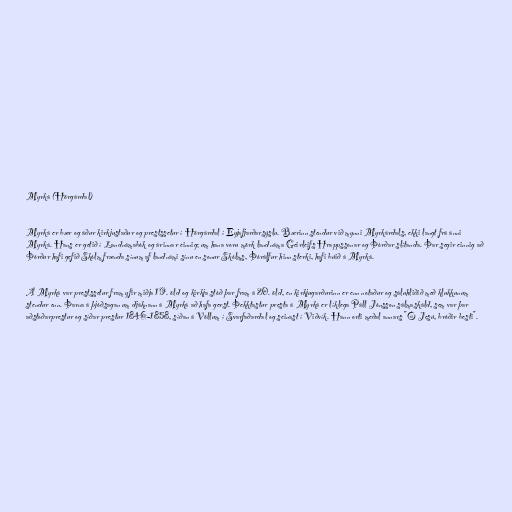
Myrká (Hörgárdal)

Myrká er bær og áður kirkjustaður og prestssetur í Hörgárdal í Eyjafjarðarsýslu. Bærinn stendur við mynni Myrkárdals, ekki langt frá ánni
Myrká. Hans er getið í Landnámabók og árinnar einnig; um hana voru mörk landnáma Geirleifs Hrappssonar og Þórðar slítanda. Þar segir einnig að
Þórður hafi gefið Skólm frænda sínum af landnámi sínu en sonur Skólms, Þórálfur hinn sterki, hafi búið á Myrká.

Á Myrká var prestssetur fram yfir miðja 19. öld og kirkja stóð þar fram á 20. öld, en kirkjugarðurinn er enn notaður og sáluhliðið með klukkunum
stendur enn. Þarna á þjóðsagan um djáknann á Myrká að hafa gerst. Þekktastur presta á Myrká er líklega Páll Jónsson sálmaskáld, sem var þar
aðstoðarprestur og síðar prestur 1846-1858, síðan á Völlum í Svarfaðardal og seinast í Viðvík. Hann orti meðal annars "Ó Jesú, bróðir besti".